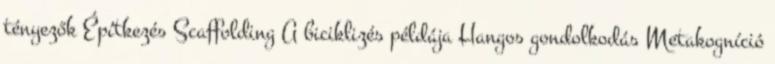
tényezők Építkezés Scaffolding A biciklizés példája Hangos gondolkodás Metakogníció